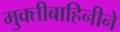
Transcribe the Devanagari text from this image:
मुक्तीबाहिनीने